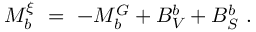
{ \cal M } _ { b } ^ { \xi } \ = \ - { \cal M } _ { b } ^ { G } + B _ { V } ^ { b } + B _ { S } ^ { b } \ .